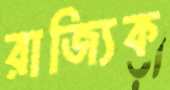
রাজ্যিক